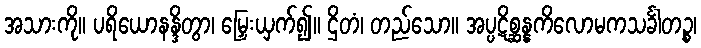
အသားကို။ ပရိယောနန္ဒိတွာ၊ မြှေးယှက်၍။ ဌိတံ၊ တည်သော။ အပ္ပဋိစ္ဆန္နကိလောမကသင်္ခါတဉ္စ၊